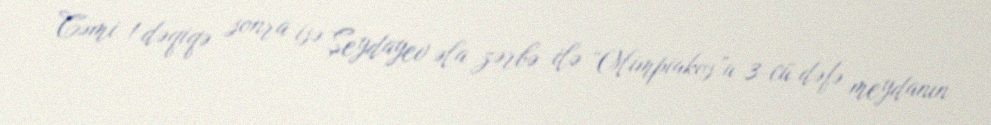
Cəmi 1 dəqiqə sonra isə Şeydayev əla zərbə ilə “Olimpiakos”u 3-cü dəfə meydanın